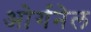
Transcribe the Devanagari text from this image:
ओर्गनेल